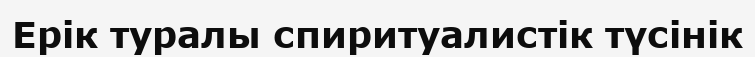
Ерік туралы спиритуалистік түсінік